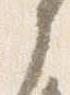
之